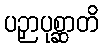
ပဉှာပုစ္ဆာတိ